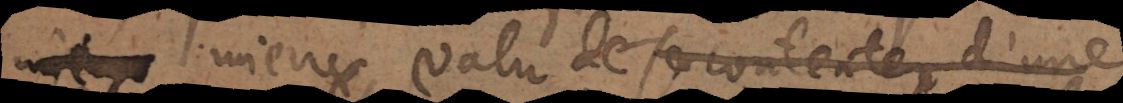
mieux valu de se contenter d’une